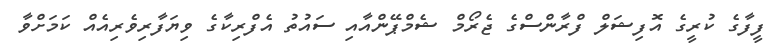
ފީފާގެ ކުރީގެ އޮފިޝަލް ފްރާންސްގެ ޖެރޯމް ޝެމްޕޭންއާއި ސައުތު އެފްރިކާގެ ވިޔަފާރިވެރިއެއް ކަމަށްވާ